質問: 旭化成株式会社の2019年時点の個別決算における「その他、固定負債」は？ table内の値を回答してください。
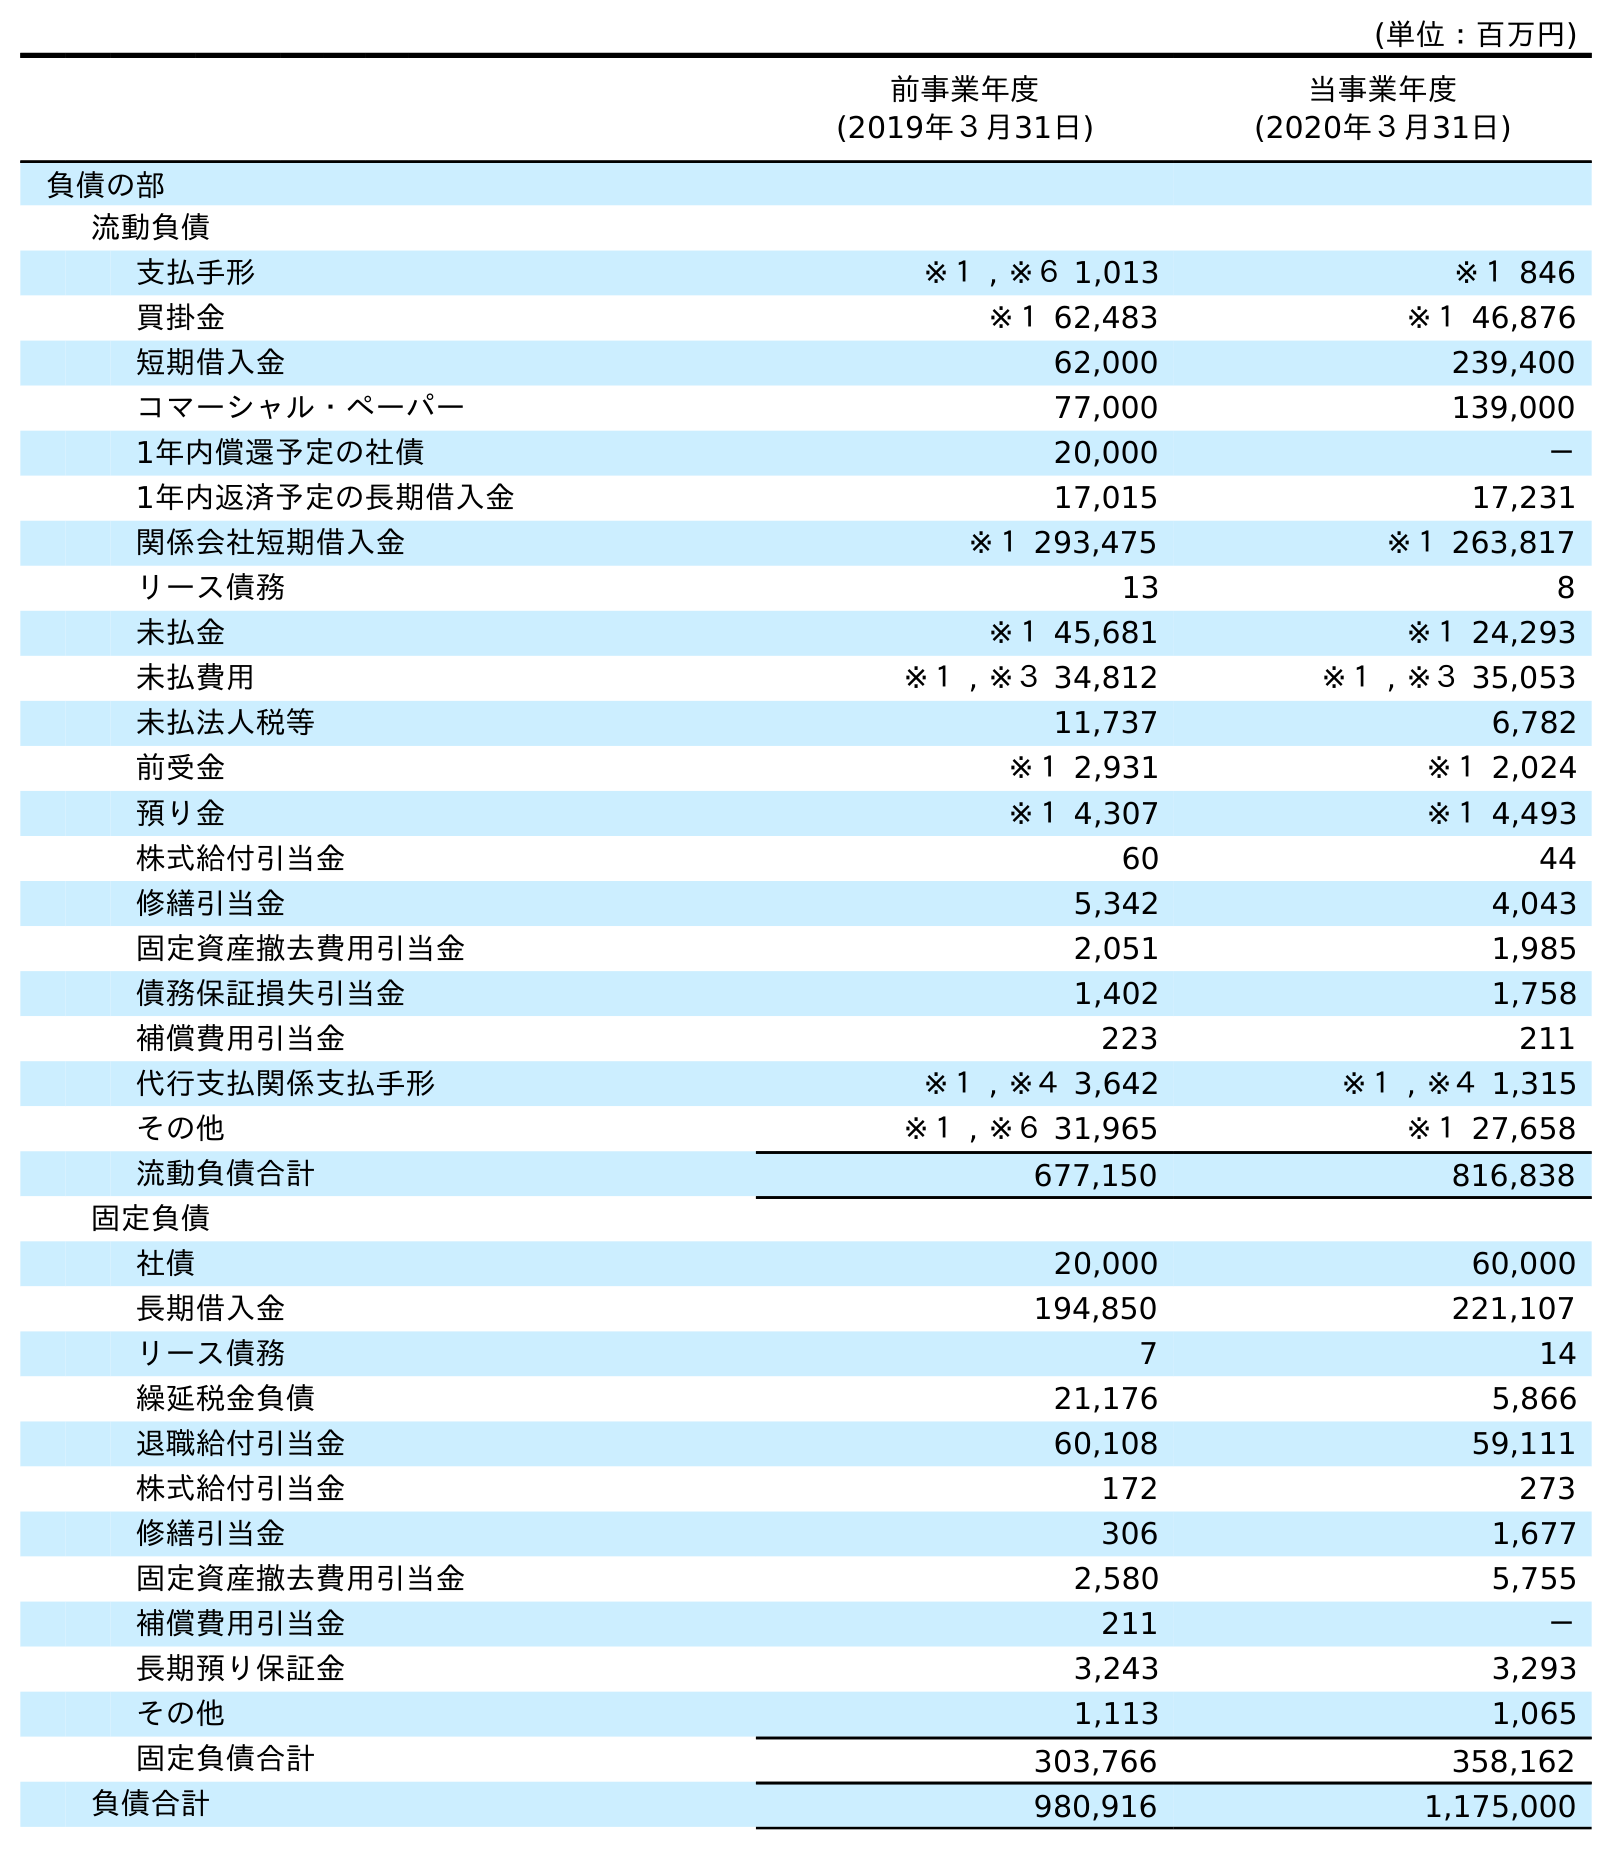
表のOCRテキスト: (単位：百万円) 前事業年度 (2019年３月31日) 当事業年度 (2020年３月31日) 負債の部 流動負債 支払手形 ※１ , ※６ 1,013 ※１ 846 買掛金 ※１ 62,483 ※１ 46,876 短期借入金 62,000 239,400 コマーシャル・ペーパー 77,000 139,000 1年内償還予定の社債 20,000 － 1年内返済予定の長期借入金 17,015 17,231 関係会社短期借入金 ※１ 293,475 ※１ 263,817 リース債務 13 8 未払金 ※１ 45,681 ※１ 24,293 未払費用 ※１ , ※３ 34,812 ※１ , ※３ 35,053 未払法人税等 11,737 6,782 前受金 ※１ 2,931 ※１ 2,024 預り金 ※１ 4,307 ※１ 4,493 株式給付引当金 60 44 修繕引当金 5,342 4,043 固定資産撤去費用引当金 2,051 1,985 債務保証損失引当金 1,402 1,758 補償費用引当金 223 211 代行支払関係支払手形 ※１ , ※４ 3,642 ※１ , ※４ 1,315 その他 ※１ , ※６ 31,965 ※１ 27,658 流動負債合計 677,150 816,838 固定負債 社債 20,000 60,000 長期借入金 194,850 221,107 リース債務 7 14 繰延税金負債 21,176 5,866 退職給付引当金 60,108 59,111 株式給付引当金 172 273 修繕引当金 306 1,677 固定資産撤去費用引当金 2,580 5,755 補償費用引当金 211 － 長期預り保証金 3,243 3,293 その他 1,113 1,065 固定負債合計 303,766 358,162 負債合計 980,916 1,175,000
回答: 1,113